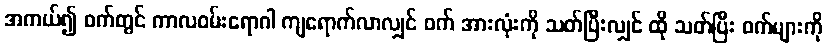
အကယ်၍ ဝက်တွင် ကာလဝမ်းရောဂါ ကျရောက်လာလျှင် ဝက် အားလုံးကို သတ်ပြီးလျှင် ထို သတ်ပြီး ဝက်များကို